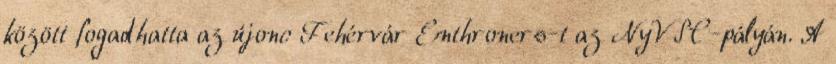
között fogadhatta az újonc Fehérvár Enthroners-t az NyVSC-pályán. A